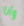
وأنا